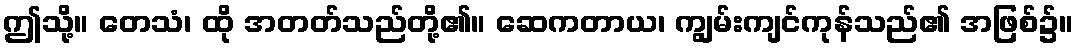
ဤသို့။ တေသံ၊ ထို အတတ်သည်တို့၏။ ဆေကတာယ၊ ကျွမ်းကျင်ကုန်သည်၏ အဖြစ်၌။